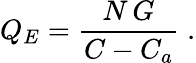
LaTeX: Q_{E}=\frac{N\, G}{C-C_{a}}\; .